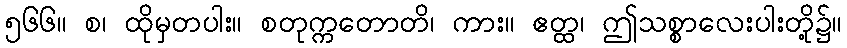
၅၆၆။ စ၊ ထိုမှတပါး။ စတုက္ကတောတိ၊ ကား။ ဧတ္ထ၊ ဤသစ္စာလေးပါးတို့၌။